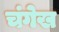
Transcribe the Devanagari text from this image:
चंगेख